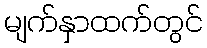
မျက်နှာထက်တွင်